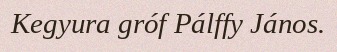
Kegyura gróf Pálffy János.